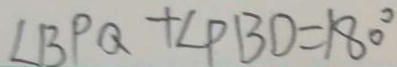
\angle B P Q + \angle P B D = 1 8 0 ^ { \circ }